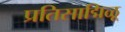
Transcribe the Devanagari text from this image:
प्रतिसाद्मिळू